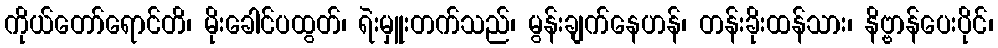
ကိုယ်တော်ရောင်တိ၊ မိုးခေါင်ပထွတ်၊ ရဲးမှူးတက်သည်၊ မွန်းချက်နေဟန်၊ တန်းခိုးထန်သား၊ နိဗ္ဗာန်ပေးပိုင်၊